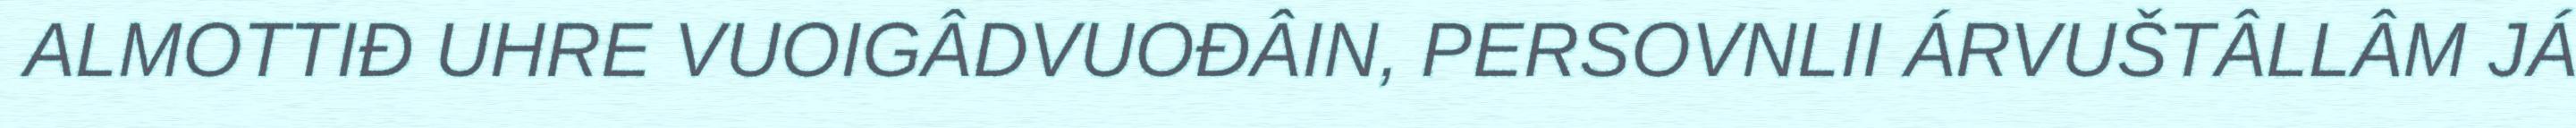
ALMOTTIĐ UHRE VUOIGÂDVUOĐÂIN, PERSOVNLII ÁRVUŠTÂLLÂM JÁ